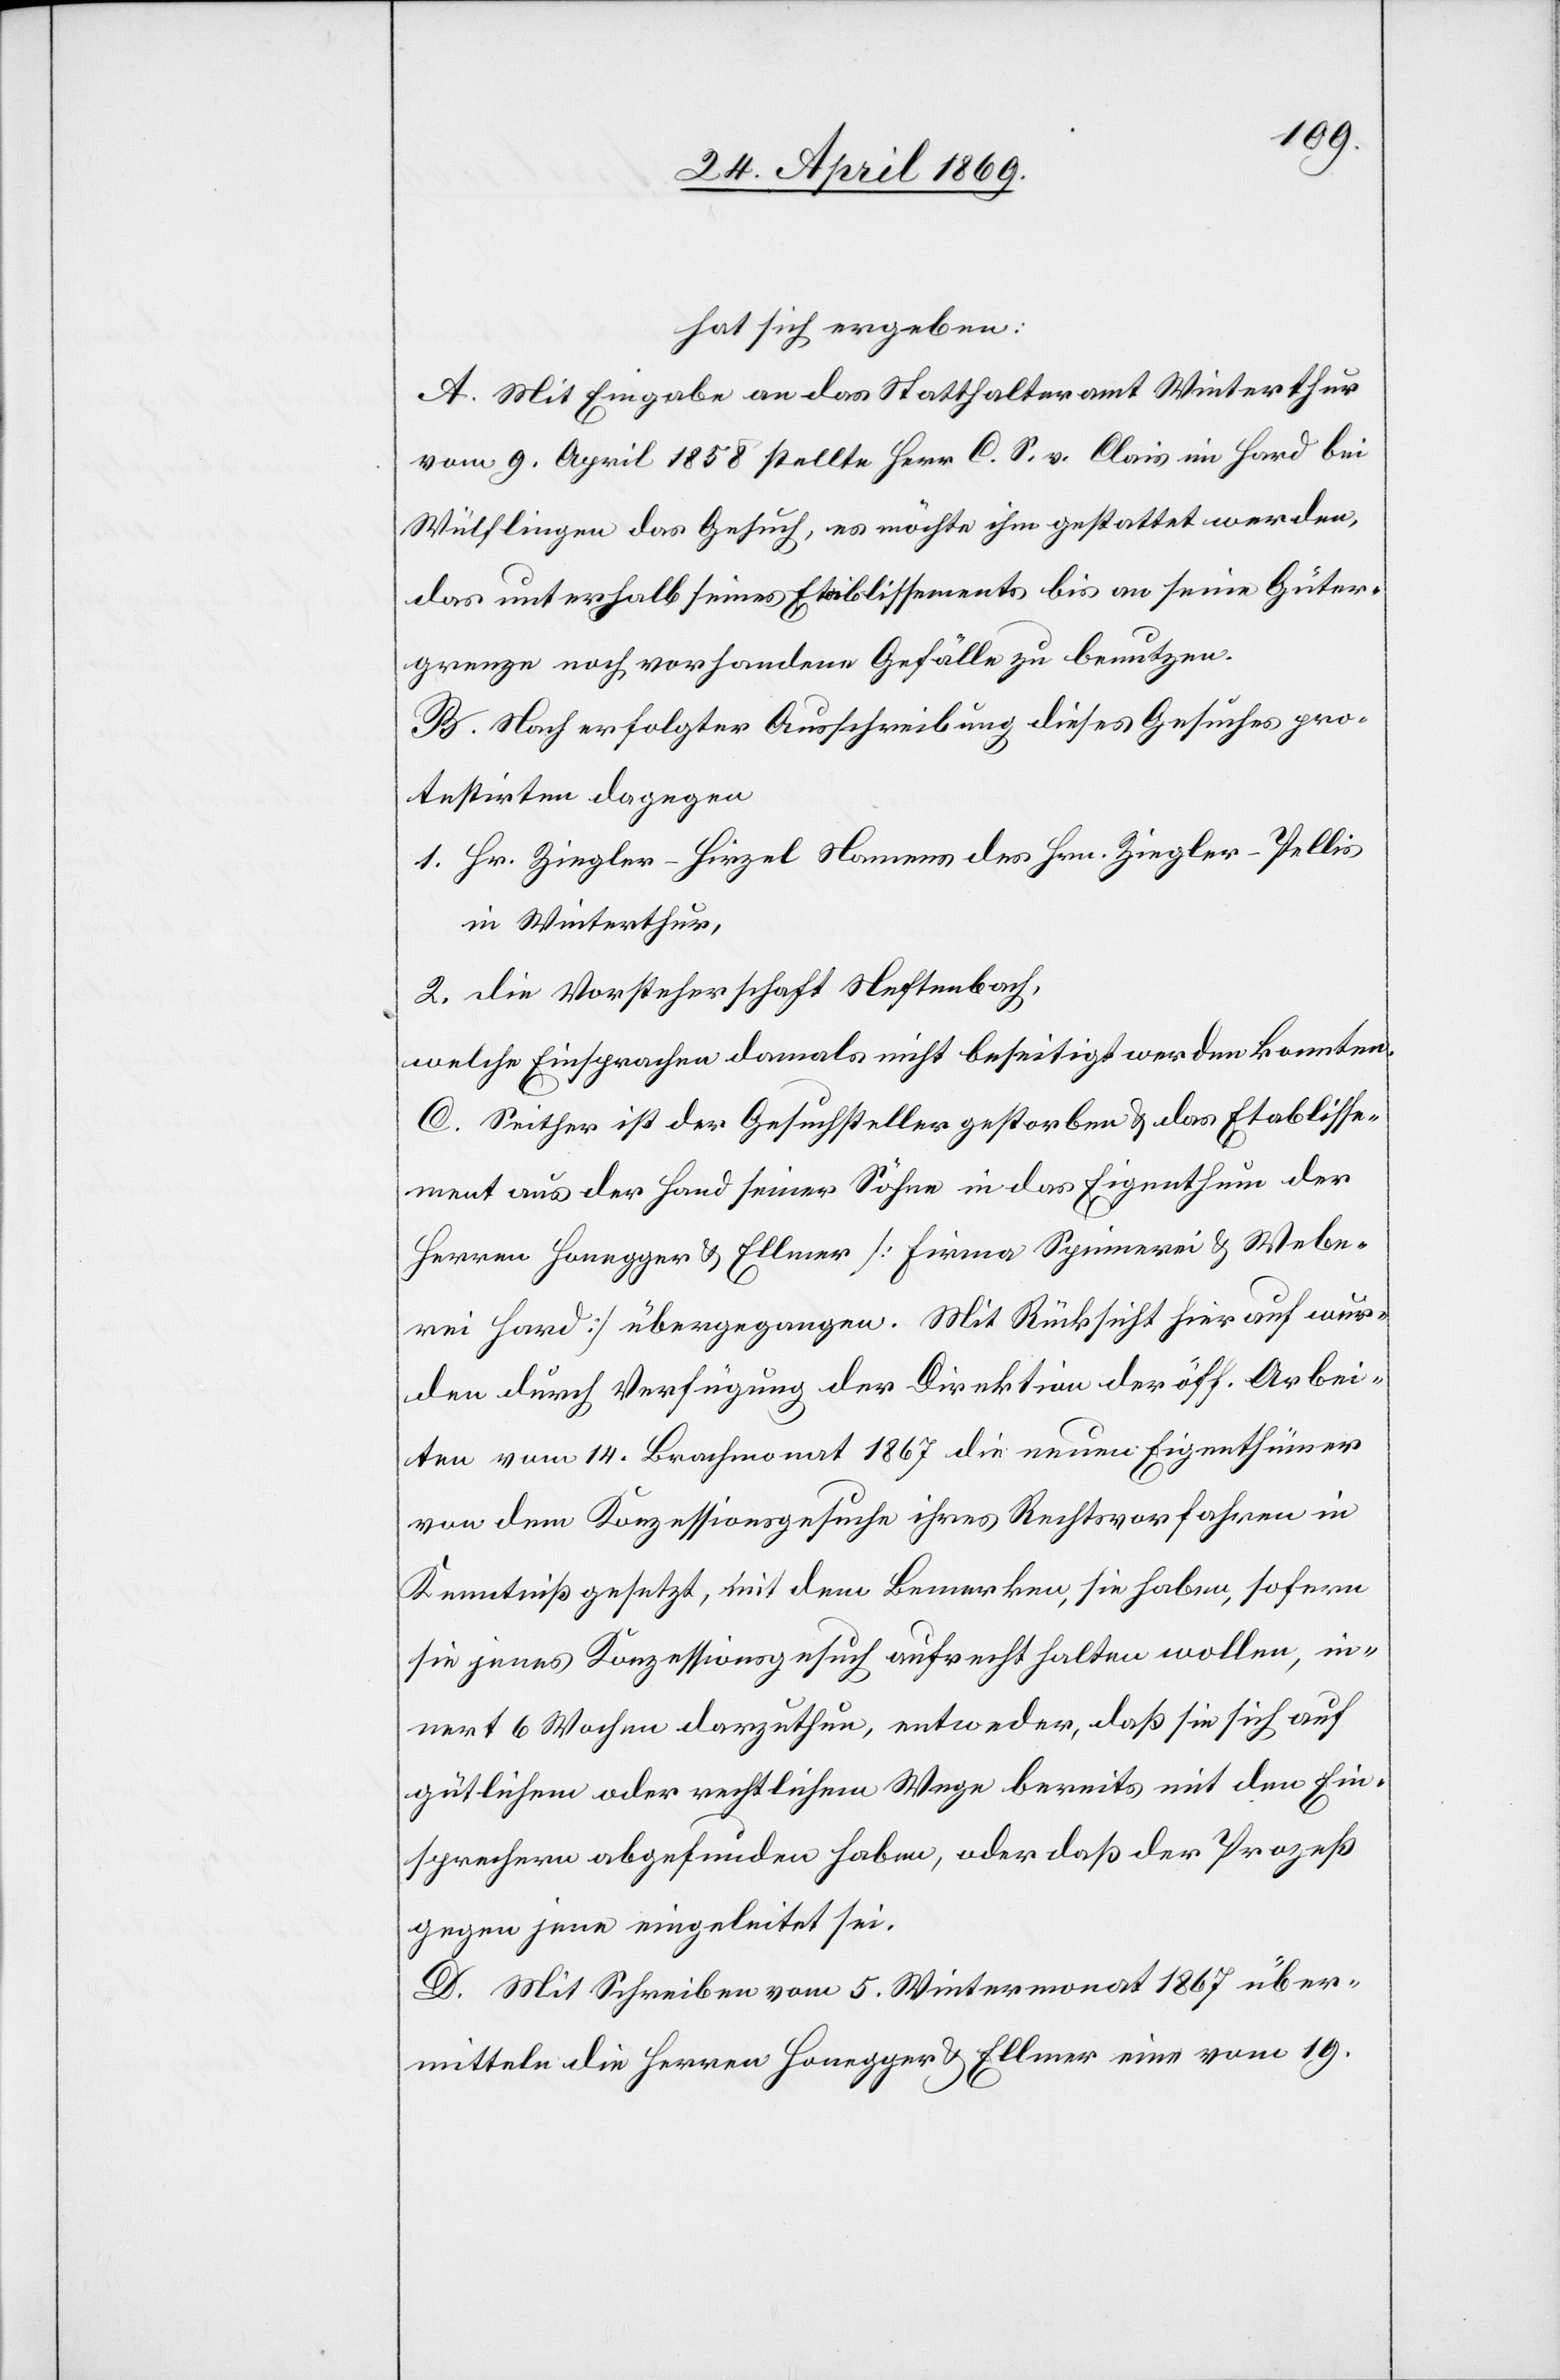
hat sich ergeben:
A. Mit Eingabe an das Statthalteramt Winterthur
vom 9. April 1858 stellte Herr C. S. v. Clais im Hard bei
Wülflingen das Gesuch, es möchte ihm gestattet werden,
das unterhalb seines Etablissements bis an seine Güter¬
grenze noch vorhandene Gefälle zu benutzen.
B. Nach erfolgter Ausschreibung dieses Gesuches pro¬
testirten dagegen
1. Hr. Ziegler-Hirzel Namens des Hrn. Ziegler-Pellis
in Winterthur,
2. Die Vorsteherschaft Neftenbach,
welche Einsprachen damals nicht beseitigt werden konnten.
C. Seither ist der Gesuchsteller gestorben u. das Etablisse¬
ment aus der Hand seiner Söhne in das Eigenthum der
Herren Honegger u. Ellmer [Firma Spinnerei u. Webe¬
rei Hard] übergegangen. Mit Rücksicht hierauf wur¬
den durch Verfügung der Direktion der öff. Arbei¬
ten vom 14. Brachmonat 1867 die neuen Eigenthümer
von dem Konzessionsgesuche ihres Rechtsvorfahren in
Kenntniß gesetzt, mit dem Bemerken, sie haben, sofern
sie jenes Konzessionsgesuch aufrecht halten wollen, in¬
nert 6 Wochen darzuthun, entweder, daß sie sich auf
gütlichem oder rechtlichem Wege bereits mit den Ein¬
sprachen abgefunden haben, oder daß der Prozeß
gegen jene eingeleitet sei.
D. Mit Schreiben vom 5. Wintermonat 1867 über¬
mitteln die Herren Honegger u. Ellmer eine vom 19.